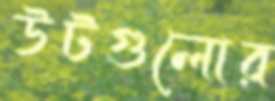
উটগুলোর